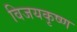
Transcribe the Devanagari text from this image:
विजयकृष्ण